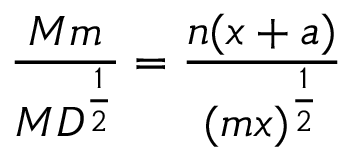
{ \frac { M m } { M D ^ { \frac { 1 } { 2 } } } } = { \frac { n ( x + a ) } { ( m x ) ^ { \frac { 1 } { 2 } } } }